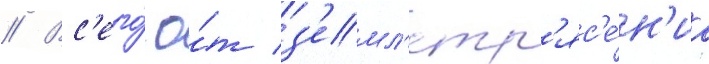
// Вс'его́ о́т з'емл'етр'яс'е́н'иа